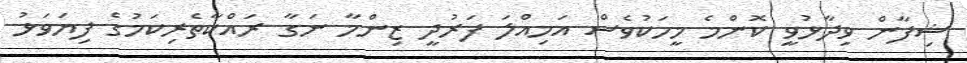
ޝިފާން ވިދާޅުވީ ކޮންމެ މީހަކުވެސް އަމިއްލަ ފަރުދީ ޒިންމާ ނަގާ ރައްކާތެރިކަމުގެ ފިޔަވަޅު